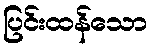
ပြင်းထန်သော